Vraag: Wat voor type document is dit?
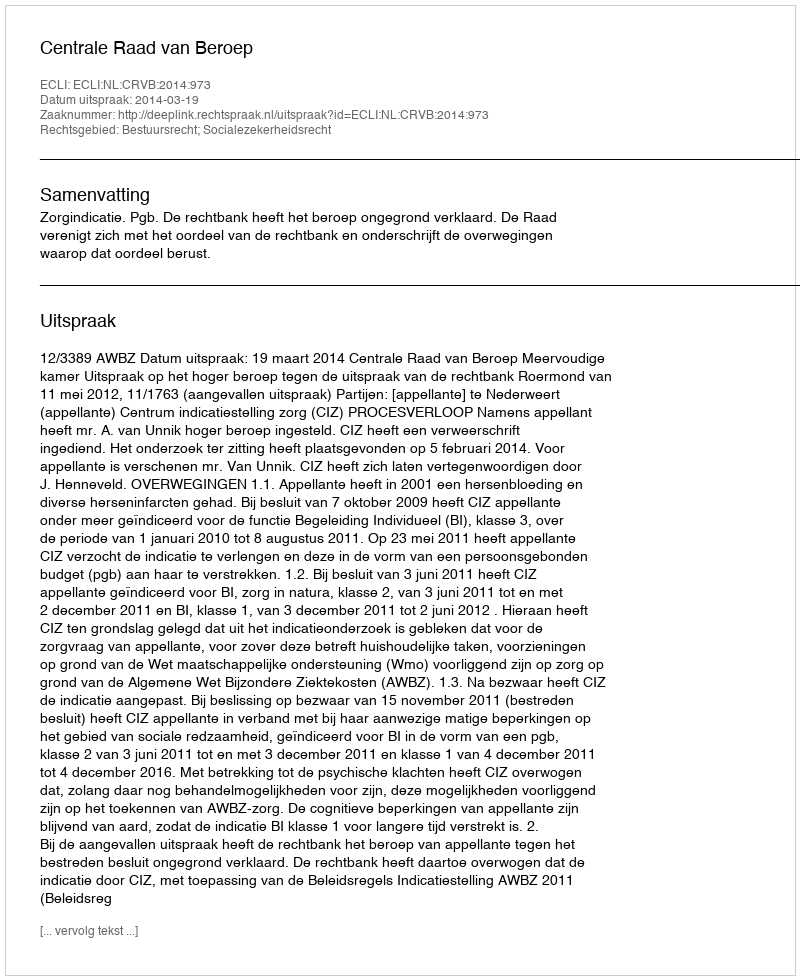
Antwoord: Uitspraak